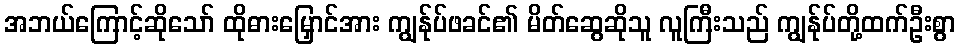
အဘယ်ကြောင့်ဆိုသော် ထိုဓားမြှောင်အား ကျွန်ုပ်ဖခင်၏ မိတ်ဆွေဆိုသူ လူကြီးသည် ကျွန်ုပ်တို့ထက်ဦးစွာ